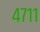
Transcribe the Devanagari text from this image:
४७११